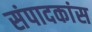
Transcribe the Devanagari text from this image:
संपादकांस